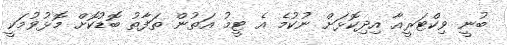
ބުނީ ވިކްޓަރީއާ އިދިކޮޅަށް ނުކުމެ އެ ޓީމު އަތުން ތަފާތު ބޮޑުކޮށް މޮޅުވުމަކީ